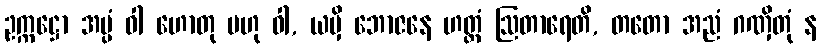
ဥက္ကဋ္ဌော အပ္ပံ ဝါ ဟောတု ဗဟု ဝါ, ယမှိ ဘောဇနေ ဟတ္ထံ ဩတာရေတိ, တတော အညံ ဂဏှိတုံ န